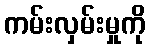
ကမ်းလှမ်းမှုကို